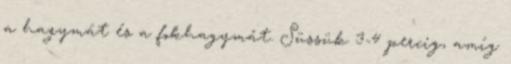
a hagymát és a fokhagymát. Süssük 3-4 percig, amíg